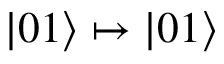
| 0 1 \rangle \mapsto | 0 1 \rangle